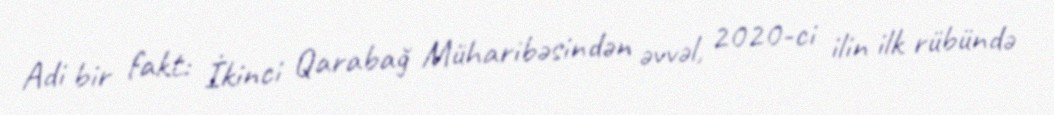
Adi bir fakt: İkinci Qarabağ Müharibəsindən əvvəl, 2020-ci ilin ilk rübündə